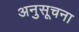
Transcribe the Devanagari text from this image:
अनुसूचना